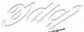
જીતાવી